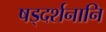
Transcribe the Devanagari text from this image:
षड्दर्शनानि